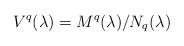
LaTeX: \begin{align*}V^q(\lambda) = M^q(\lambda) / N_q(\lambda)\end{align*}